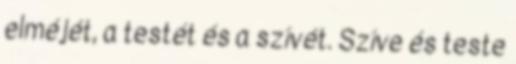
elméjét, a testét és a szívét. Szíve és teste